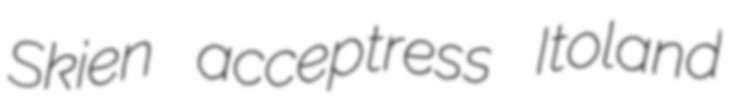
Skien acceptress Itoland